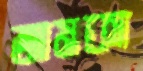
জামকা